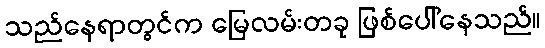
သည်နေရာတွင်က မြေလမ်းတခု ဖြစ်ပေါ်နေသည်။